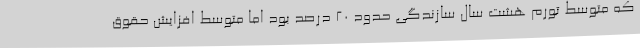
که متوسط تورم هشت سال سازندگی حدود ۲۰ درصد بود اما متوسط افزایش حقوق